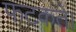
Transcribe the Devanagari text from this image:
फटकते।